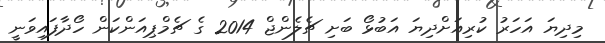
މިދިޔަ އަހަރު ކުރިއަށްދިޔަ އަބުޅޯ ބަށި ޗެލެންޖް 2014 ގެ ޗެމްޕިއަންކަން ހޯދާފައިވަނީ